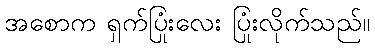
အစောက ရှက်ပြုံးလေး ပြုံးလိုက်သည်။